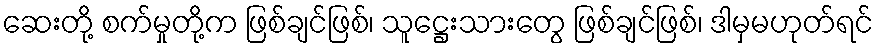
ဆေးတို့ စက်မှုတို့က ဖြစ်ချင်ဖြစ်၊ သူဋ္ဌေးသားတွေ ဖြစ်ချင်ဖြစ်၊ ဒါမှမဟုတ်ရင်